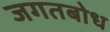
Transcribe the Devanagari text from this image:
जगतबोध